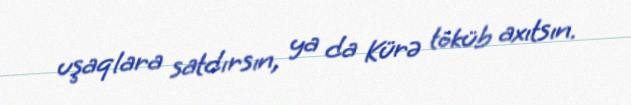
uşaqlara satdırsın, ya da Kürə töküb axıtsın.